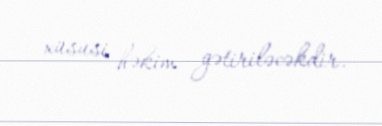
xüsusi həkim gətiriləcəkdir.